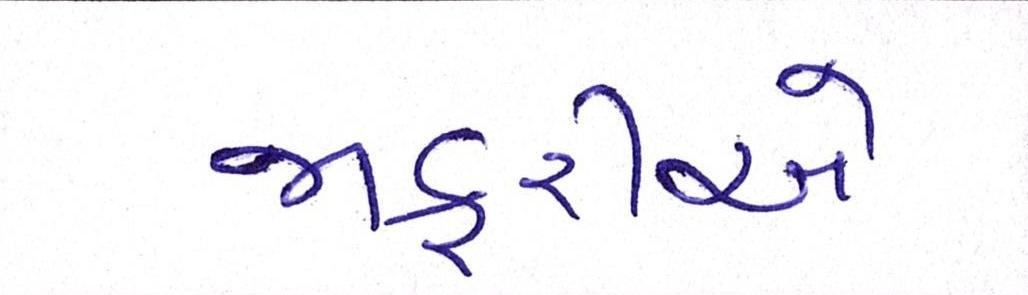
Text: જાફરીએ